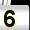
Digit: 5